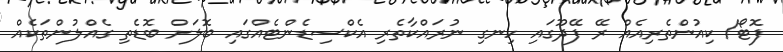
ފޮޓޯ/ ކިއުންތެެރިއެއް ރޭ ފޭދޫގައި ހިނގި ނުރައްކާތެރި އެކްސިޑެންޓެއްގައި ބޮލަށް ބޮޑެތި ގެއްލުންތަކެއް